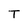
Character: T